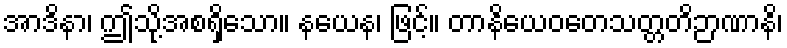
အာဒိနာ၊ ဤသို့အစရှိသော။ နယေန၊ ဖြင့်။ တာနိယေဝတေသတ္တတိဉာဏာနိ၊